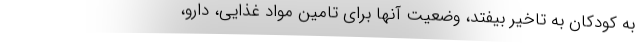
به کودکان به تاخیر بیفتد، وضعیت آنها برای تامین مواد غذایی، دارو،